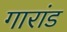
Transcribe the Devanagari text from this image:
गारांड